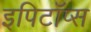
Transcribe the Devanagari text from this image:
इपिटॉप्स